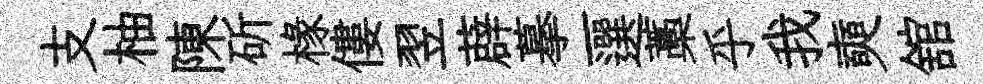
支柚陳斫椽僂翌薜摹一選藁乎我奭舘